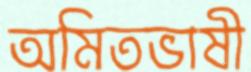
অমিতভাষী